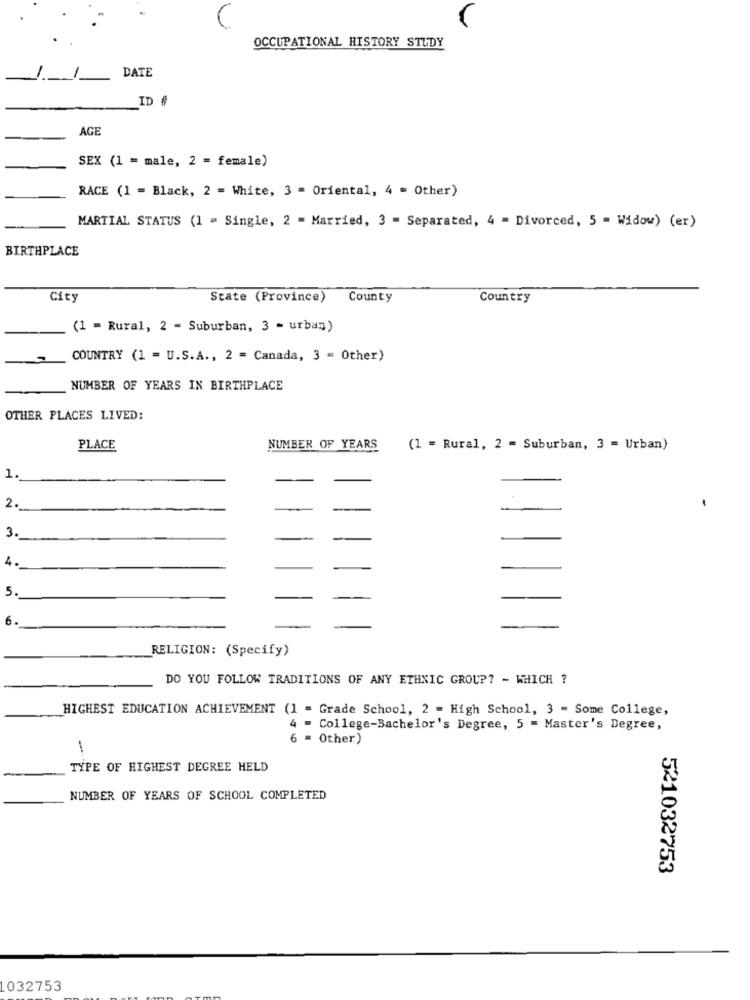
OCCUPATIONAL HISTORY STUDY
DATE
ID #
AGE
SEX (1 = male, 2 = female)
RACE (1 = Black, 2 = White, 3 - Oriental, 4 = Other)
MARTIAL STATUS (1 = Single, 2 - Married, 3 = Separated, 4 = Divorced, 5 = Widow) (er)
BIRTHPLACE
City
State (Province)
County
Country
(1 = Rural, 2 = Suburban, 3 - urban)
COUNTRY (1 = U.S.A ., 2 = Canada, 3 = Other)
NUMBER OF YEARS IN BIRTHPLACE
OTHER PLACES LIVED:
PLACE
NUMBER OF YEARS
(1 = Rural, 2 = Suburban, 3 = Urban)
1.
2.
-
3.
4.
5.
6.
RELIGION: (Specify)
DO YOU FOLLOW TRADITIONS OF ANY ETHNIC GROUP? - WHICH ?
HIGHEST EDUCATION ACHIEVEMENT (1 = Grade School, 2 - High School, 3 - Some College,
4 - College-Bachelor's Degree, 5 = Master's Degree,
6 = Other)
TYPE OF HIGHEST DEGREE HELD
NUMBER OF YEARS OF SCHOOL COMPLETED
521032753
1032753